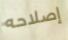
إصلاحه